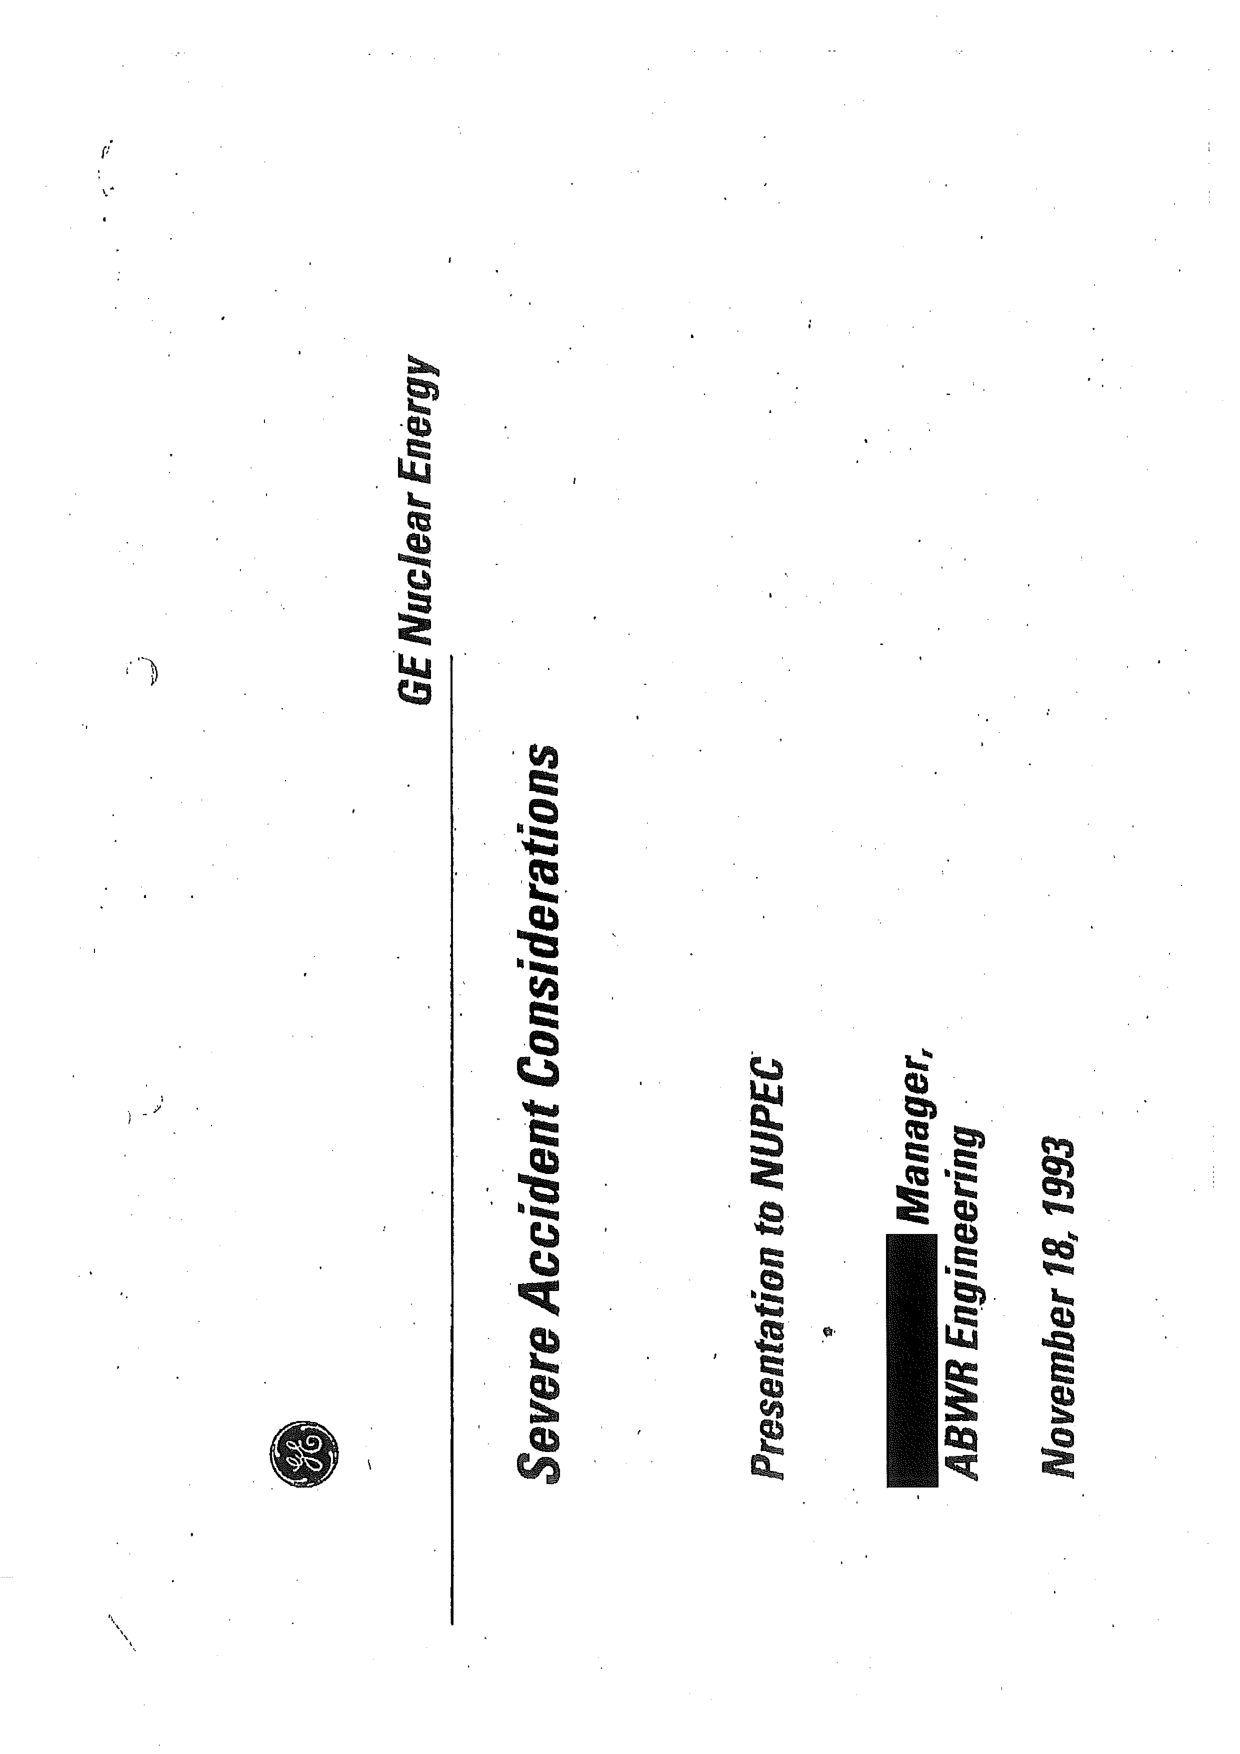
GE Nuclear Energy

Severe Accident Considerations

Presentation to NUPEC

Manager,
ABWR Engineering

November 18, 1993